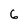
Character: 6